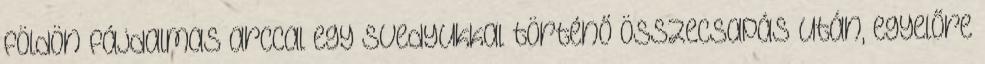
földön fájdalmas arccal egy Svedyukkal történő összecsapás után, egyelőre